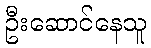
ဦးဆောင်နေသူ